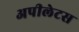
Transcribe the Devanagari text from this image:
अपीलेटस